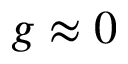
g \approx 0